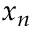
x _ { n }